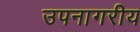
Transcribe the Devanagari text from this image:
उपनागरीय